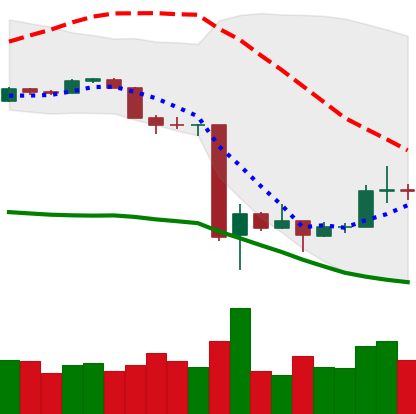
Ticker: BTC-USD
Chart end date: 2020-03-21
Forward return: 8.591%
Label: up_7plus